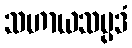
သဟာယသမ္ပဒံ